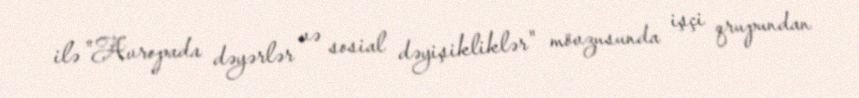
ilə "Avropada dəyərlər və sosial dəyişikliklər" mövzusunda işçi qrupundan